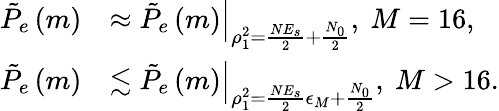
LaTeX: \begin{array}{rl}{\tilde{P}_{e}\left(m\right)}&{\approx\left.\tilde{P}_{e}\left(m\right)\right|_{\rho_{1}^{2}=\frac{NE_{s}}{2}+\frac{N_{0}}{2}},\ M=16,}\\ {\tilde{P}_{e}\left(m\right)}&{\lesssim\left.\tilde{P}_{e}\left(m\right)\right|_{\rho_{1}^{2}=\frac{NE_{s}}{2}\epsilon_{M}+\frac{N_{0}}{2}},\ M>16.}\end{array}